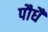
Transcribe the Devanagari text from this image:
पौधै